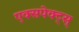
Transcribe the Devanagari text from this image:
एक्सपेक्ट्स्